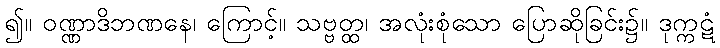
၍။ ဝဏ္ဏာဒိဘဏနေ၊ ကြောင့်။ သဗ္ဗတ္ထ၊ အလုံးစုံသော ပြောဆိုခြင်း၌။ ဒုက္ကဋံ